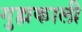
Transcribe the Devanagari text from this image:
गुह्मकाली